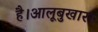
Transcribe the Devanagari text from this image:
है।आलूबुखारा